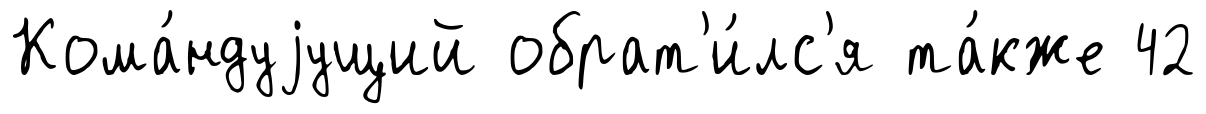
Кома́ндуjущий обрат'и́лс'я та́кже 42